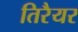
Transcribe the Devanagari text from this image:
तिरैयर